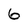
Character: 6